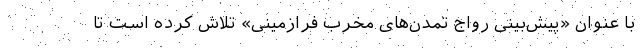
با عنوان «پیش‌بینی رواج تمدن‌های مخرب فرازمینی» تلاش کرده است تا